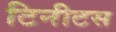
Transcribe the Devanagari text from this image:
टिनीटस